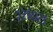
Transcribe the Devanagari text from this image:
२२६०२५